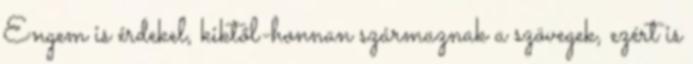
Engem is érdekel, kiktől-honnan származnak a szövegek, ezért is